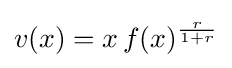
v(x)=x\,f(x)^{\frac {r}{1+r}}